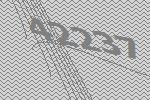
42237